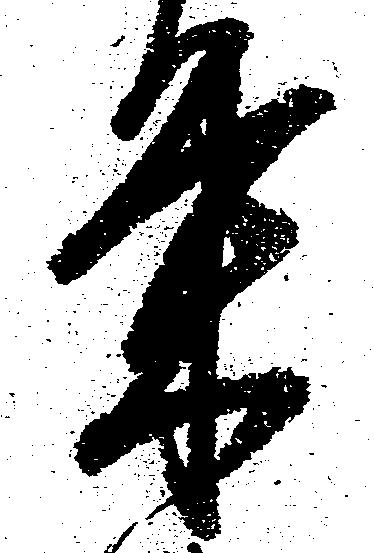
栄